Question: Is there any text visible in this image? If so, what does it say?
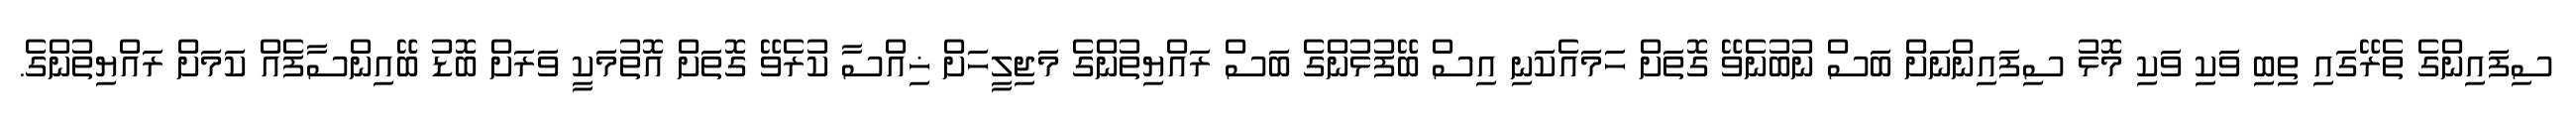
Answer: ސިފައިންގެ ތެރޭގައި ތިބި ވަކި ވަކި މޮޅު ސިފައިންނަށް ބަސް ނުބުނެވޭ ގޮތަށް ހަމައެކަނި އިސް ބޭފުޅުންގެ ބަސް ރައްޔިތުންގެ މަޖިލީހަށް ޚިއްސާ ކުރެވޭ ގޮތަށް އޮތުމަކީ ވަރަށް ބޮޑު ބޭއިންސާފެއް ކަމަށް ރައްޔިތުންގެ.